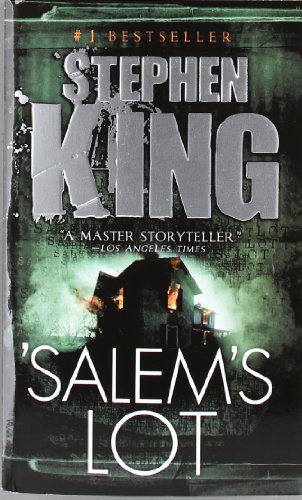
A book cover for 'Salem's Lot; Stephen King; Mystery, Thriller & Suspense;